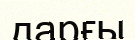
дарғы